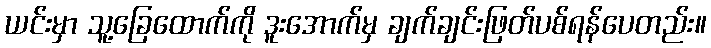
ယင်းမှာ သူ့ခြေထောက်ကို ဒူးအောက်မှ ချက်ချင်းဖြတ်ပစ်ရန်ပေတည်း။